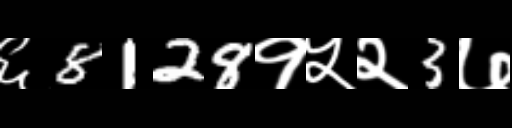
Text: ६8128१५२3७